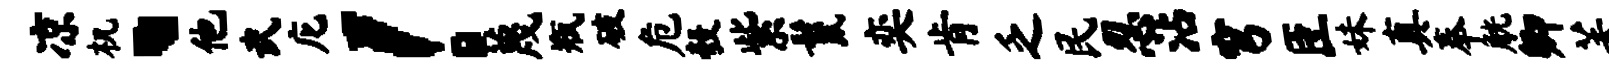
凉机、他武庀！蔑瓶破危彀紫鬣奕肯乏民忍沾穹臣妹真奉觥卿芙